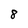
Character: 8